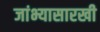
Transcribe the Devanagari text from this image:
जांभ्यासारखी